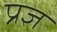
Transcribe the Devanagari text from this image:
प्रज्ञ